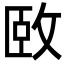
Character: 𫾱